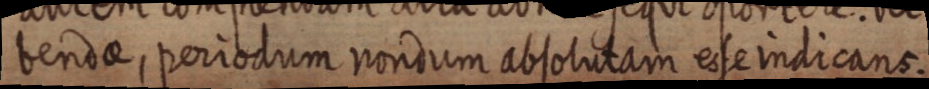
bendae, periodum nondum absolutam esse indicans.